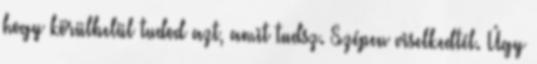
hogy körülbelül tudod azt, amit tudsz. Szépen viselkedtél. Úgy